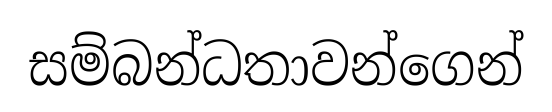
සම්බන්ධතාවන්ගෙන්